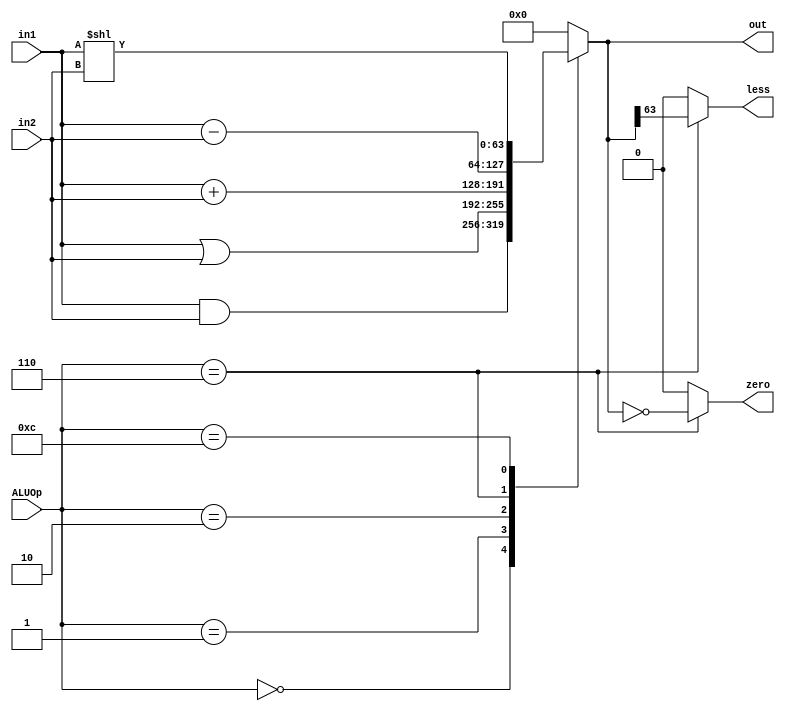
module ALU
(
	input [3:0] ALUOp,
	input [63:0] in1, in2,
	output reg [63:0] out,
	output reg zero,less
);

localparam [3:0]
AND = 4'b0000,
OR  = 4'b0001,
ADD = 4'b0010,
SUB = 4'b0110,
SLL = 4'b1100;

//assign zero = (out == 0);	
//assign less = (out[63] == 1);

always @(*) begin
	case (ALUOp)
		AND: out = in1 & in2;
		OR:	 out = in1 | in2;
		ADD: out = in1 + in2;
		SUB: out = in1 - in2;
		SLL: out = in1 << in2;
		default: out = 0;
	endcase
	if (ALUOp == SUB) begin
	   zero = (out == 0);
	   less = (out[63] == 1);
	end
	else begin
	   zero = 0;
	   less = 0;
	end
end

endmodule